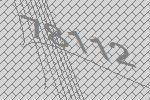
78112